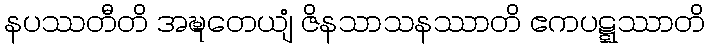
နပဿတီတိ အဍ္ဎတေယျံ ဇိနသာသနဿာတိ ဧကပဋ္ဋဿာတိ